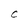
Character: C